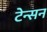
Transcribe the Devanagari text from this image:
टेन्सन